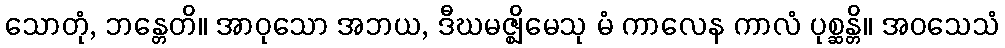
သောတုံ, ဘန္တေတိ။ အာဝုသော အဘယ, ဒီဃမဇ္ဈိမေသု မံ ကာလေန ကာလံ ပုစ္ဆန္တိ။ အဝသေသံ